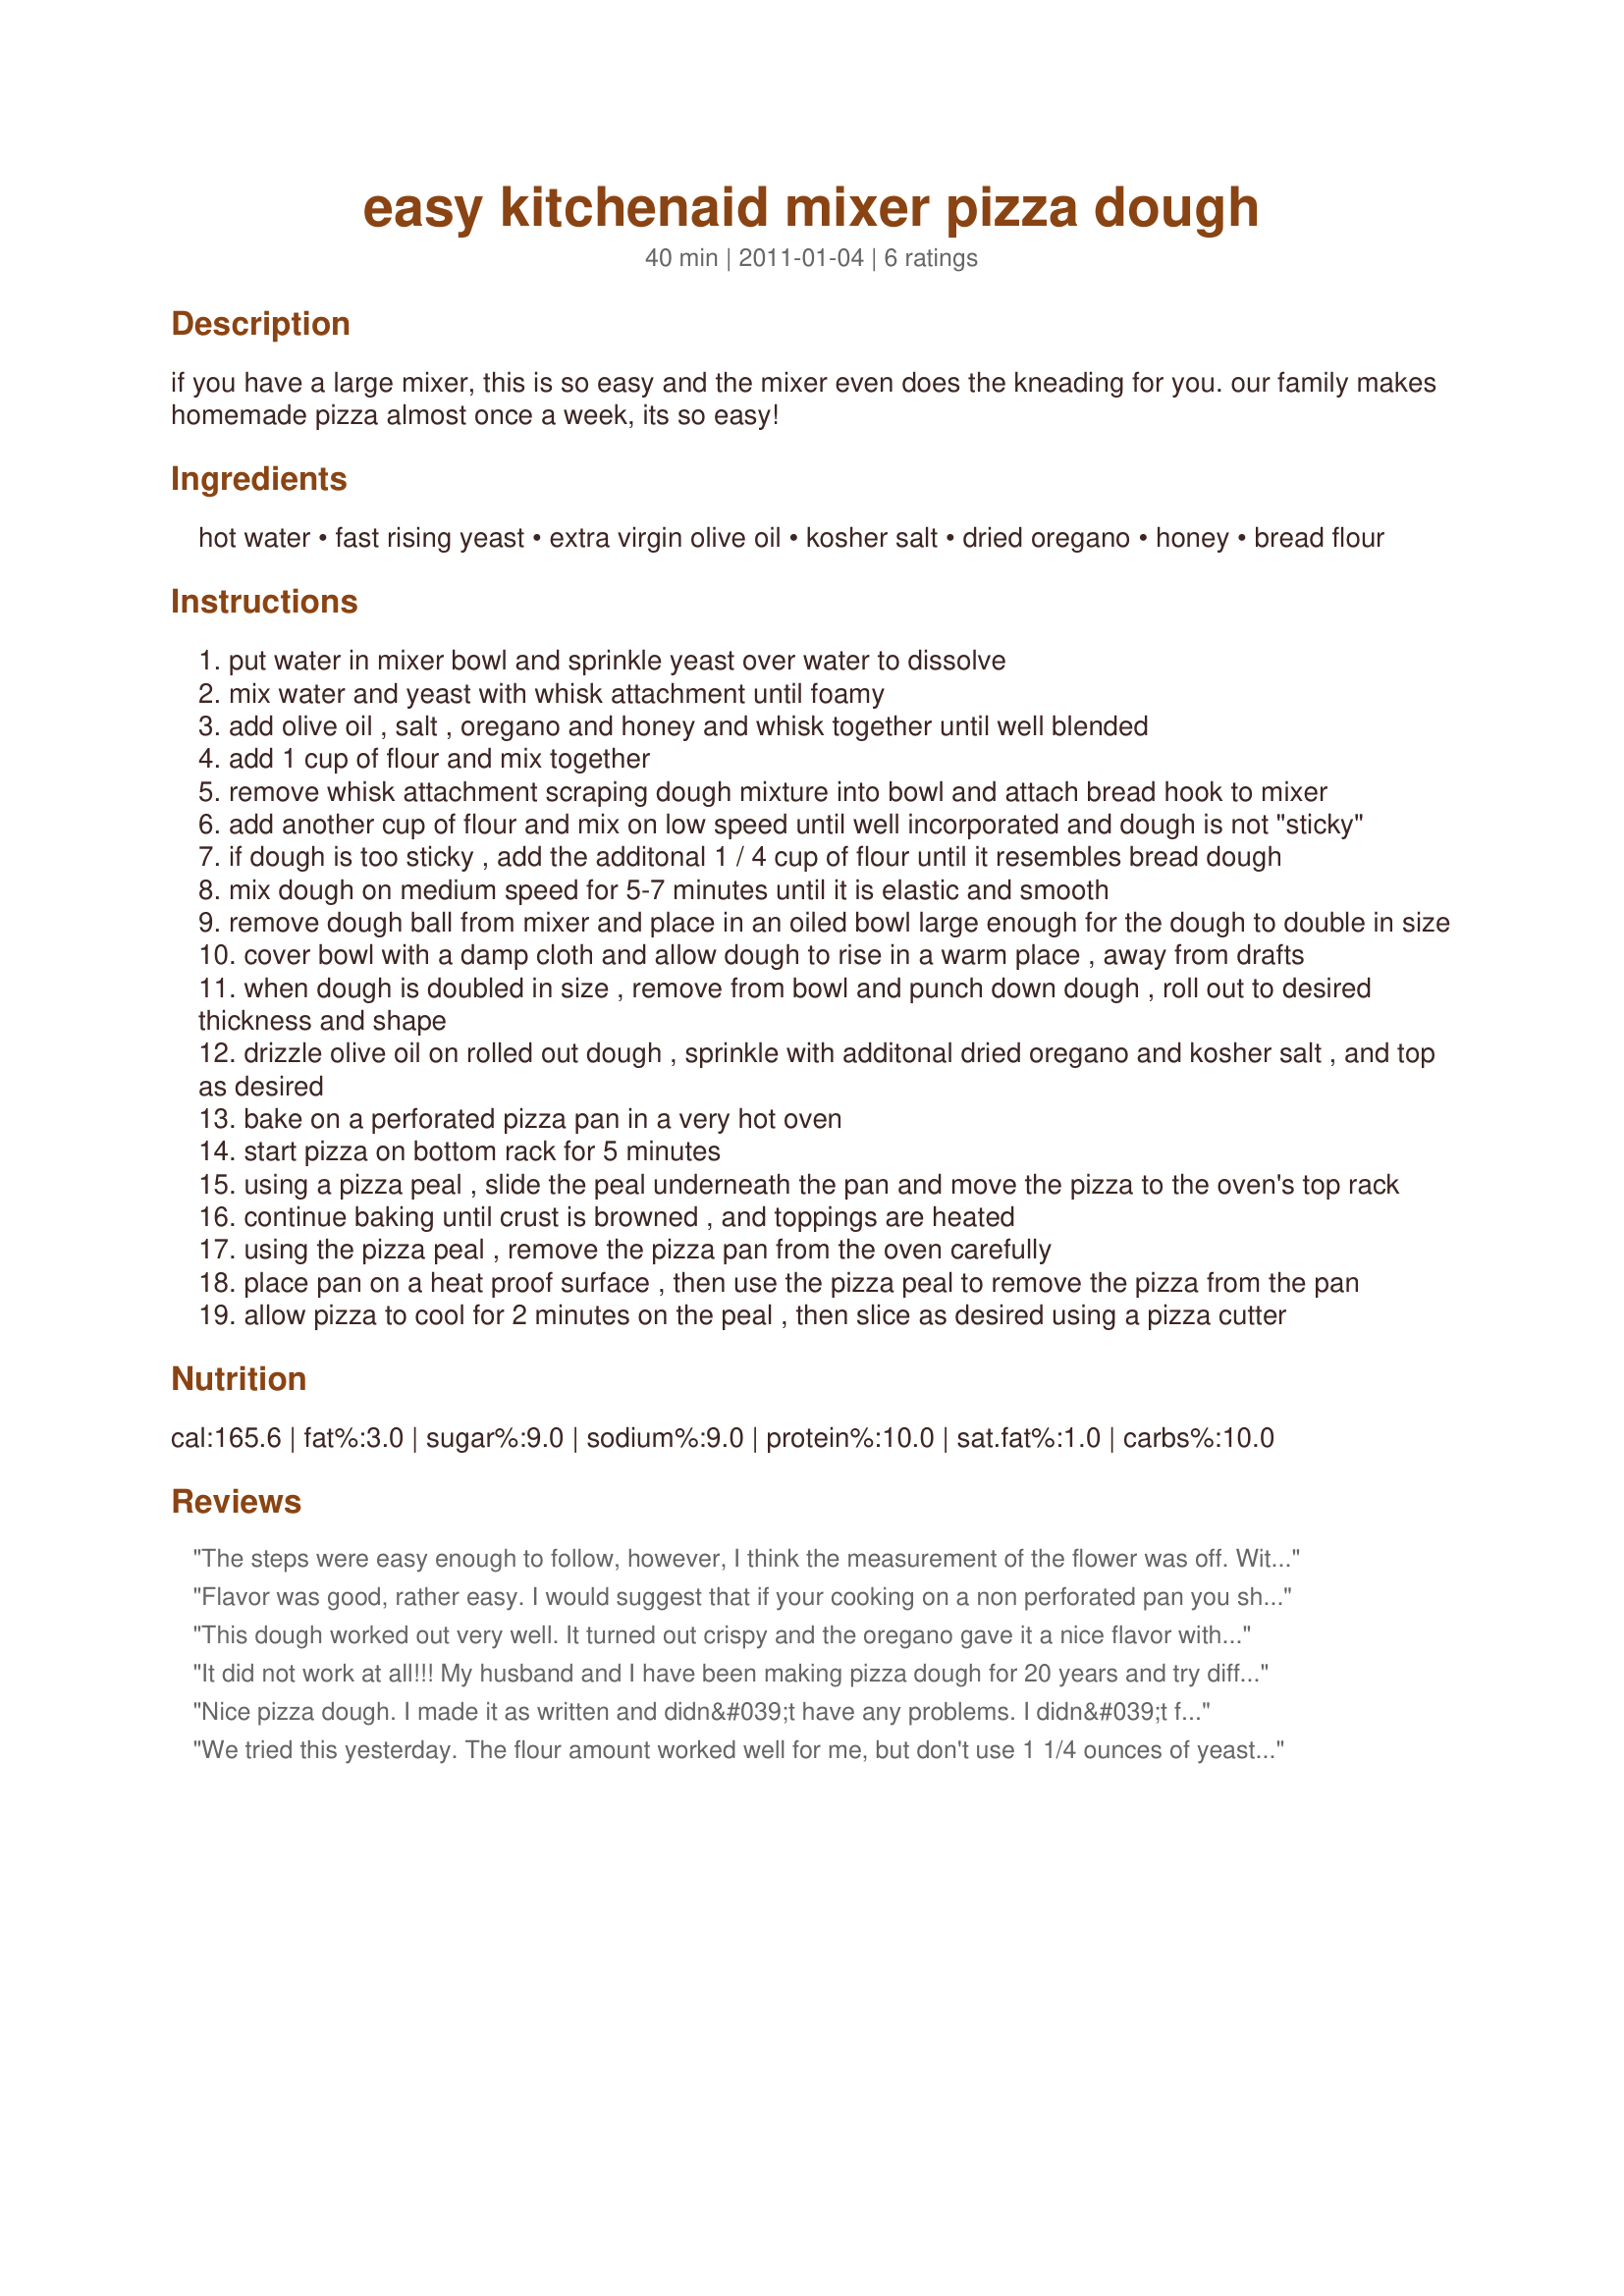
easy kitchenaid mixer pizza dough
Preparation time: 40 minutes

if you have a large mixer, this is so easy and the mixer even does the kneading for you. our family makes homemade pizza almost once a week, its so easy!

Ingredients:
hot water, fast rising yeast, extra virgin olive oil, kosher salt, dried oregano, honey, bread flour

Steps:
put water in mixer bowl and sprinkle yeast over water to dissolve
mix water and yeast with whisk attachment until foamy
add olive oil , salt , oregano and honey and whisk together until well blended
add 1 cup of flour and mix together
remove whisk attachment scraping dough mixture into bowl and attach bread hook to mixer
add another cup of flour and mix on low speed until well incorporated and dough is not "sticky"
if dough is too sticky , add the additonal 1 / 4 cup of flour until it resembles bread dough
mix dough on medium speed for 5-7 minutes until it is elastic and smooth
remove dough ball from mixer and place in an oiled bowl large enough for the dough to double in size
cover bowl with a damp cloth and allow dough to rise in a warm place , away from drafts
when dough is doubled in size , remove from bowl and punch down dough , roll out to desired thickness and shape
drizzle olive oil on rolled out dough , sprinkle with additonal dried oregano and kosher salt , and top as desired
bake on a perforated pizza pan in a very hot oven
start pizza on bottom rack for 5 minutes
using a pizza peal , slide the peal underneath the pan and move the pizza to the oven's top rack
continue baking until crust is browned , and toppings are heated
using the pizza peal , remove the pizza pan from the oven carefully
place pan on a heat proof surface , then use the pizza peal to remove the pizza from the pan
allow pizza to cool for 2 minutes on the peal , then slice as desired using a pizza cutter

Reviews:
The steps were easy enough to follow, however, I think the measurement of the flower was off. With the amount of flower the recipe called for, my dough was not quite dough, it was more batter-like. I ended up adding about a 1.5 cups more than the recipe called for. But it is otherwise a generally solid recipe!
Flavor was good, rather easy. I would suggest that if your cooking on a non perforated pan you should pre bake the crust a bit. Was hard to get crisp before toppings singed at 500 deg in 10 min.
This dough worked out very well. It turned out crispy and the oregano gave it a nice flavor without being too overpowering. Next time, I&#039;m going to add a little parmesan cheese to try to enhance the flavor a little more. All in all an easy and flavorful pizza dough recipe.
It did not work at all!!! My husband and I have been making pizza dough for 20 years and try different ones. We just purchased a Kitchen Aid Mixer with the bread hook attachment....we followed the recipe as written and it did rise a little but did not double...and was unusable!! Very disappointed.
Nice pizza dough. I made it as written and didn&#039;t have any problems. I didn&#039;t follow the pizza making directions as I used my own recipe. It turned out fine. Thanks for sharing. Made for PAC 2013.
We tried this yesterday. The flour amount worked well for me, but don't use 1 1/4 ounces of yeast. Use one package or just 1/4 ounce of jarred yeast. That should equal 2 1/2 teaspoons of yeast. It turned out to be the best dough recipe we've tried, as long as you like thin, crispy crust. It came out of the oven perfect. We loved it!
